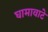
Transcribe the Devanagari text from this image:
घामावाटे